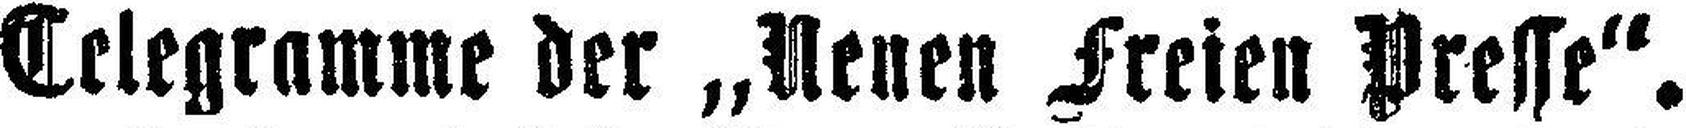
Telegramme der „Neuen Freien Dresse“.